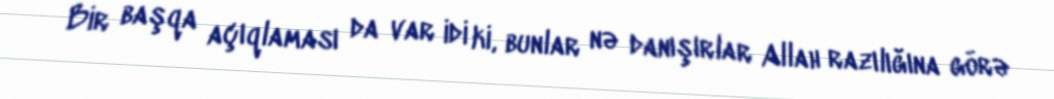
Bir başqa açıqlaması da var idi ki, bunlar nə danışırlar Allah razılığına görə